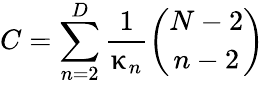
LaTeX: C=\sum_{n=2}^{D}\frac{1}{\upkappa_{n}}\binom{N-2}{n-2}